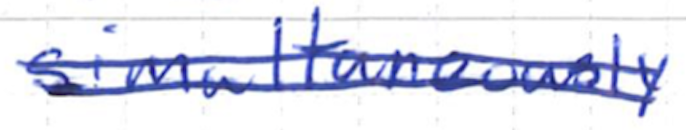
Text: simultaneously
Cross-out: double-line
Writing tool: ballpoint